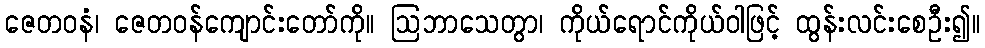
ဇေတဝနံ၊ ဇေတဝန်ကျောင်းတော်ကို။ ဩဘာသေတွာ၊ ကိုယ်ရောင်ကိုယ်ဝါဖြင့် ထွန်းလင်းစေဦး၍။